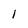
Character: 1